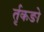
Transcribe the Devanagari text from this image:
र्तृकङो